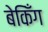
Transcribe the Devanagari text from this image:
बेकिँग